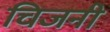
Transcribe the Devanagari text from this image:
चिजनी